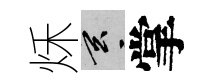
秌玄掌